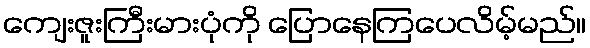
ကျေးဇူးကြီးမားပုံကို ပြောနေကြပေလိမ့်မည်။